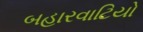
બહારવાટિયો